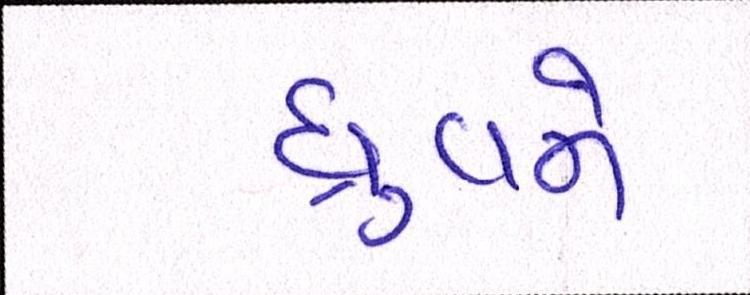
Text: ધ્રુવને